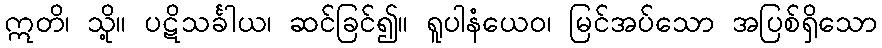
ဣတိ၊ သို့။ ပဋိသင်္ခါယ၊ ဆင်ခြင်၍။ ရူပါနံယေဝ၊ မြင်အပ်သော အပြစ်ရှိသော